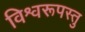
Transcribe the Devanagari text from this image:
विश्वरूपस्तु